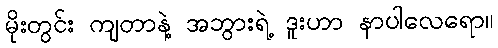
မိုးတွင်း ကျတာနဲ့ အဘွားရဲ့ ဒူးဟာ နာပါလေရော။